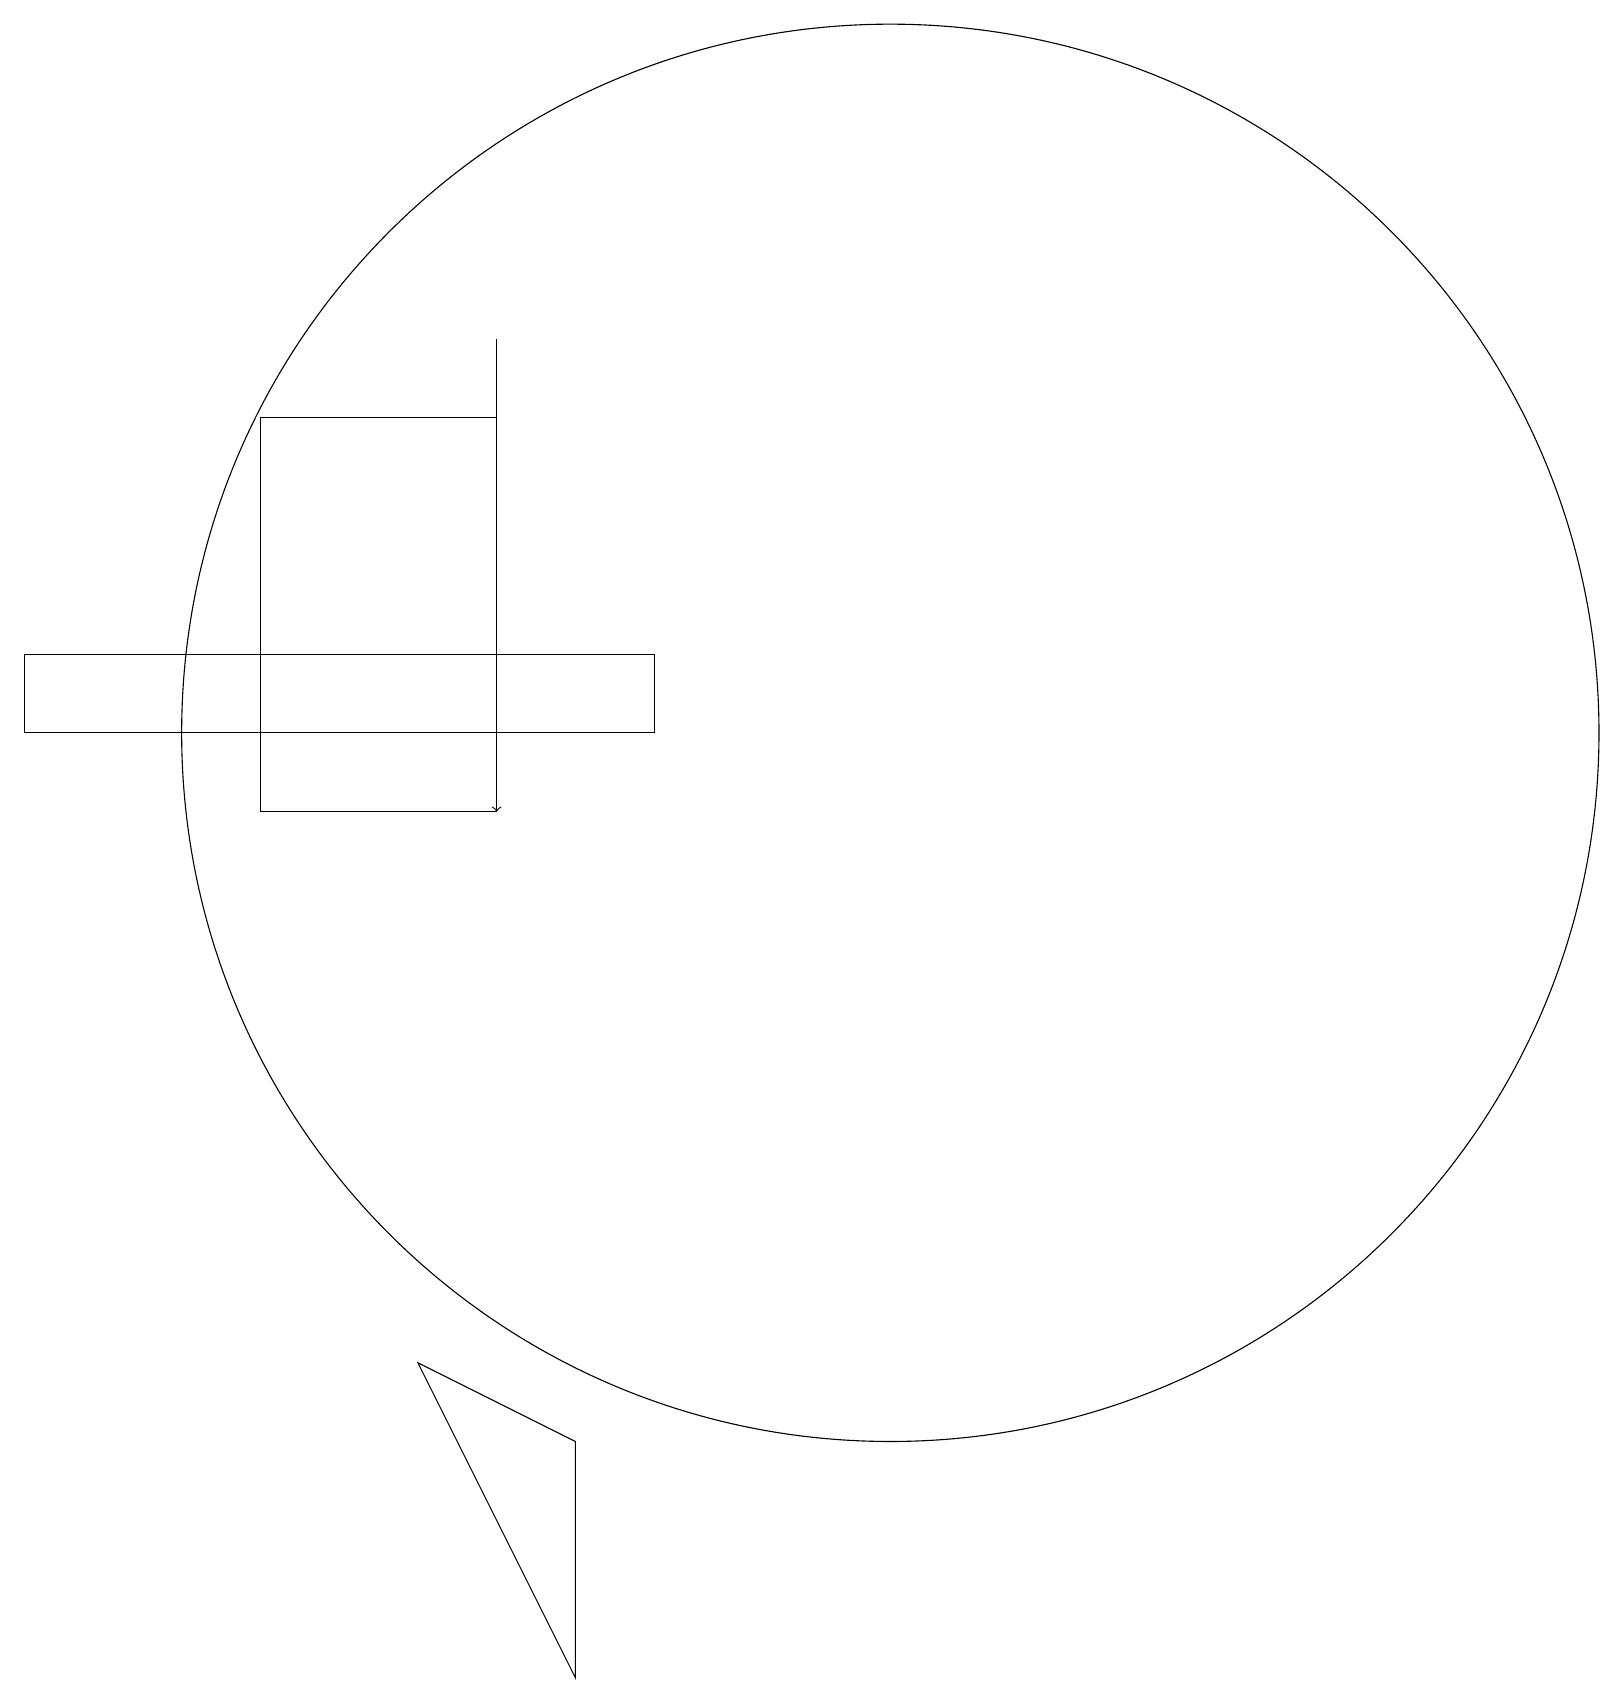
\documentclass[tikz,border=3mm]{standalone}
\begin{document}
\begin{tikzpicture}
\draw (4,16) rectangle (7,11);
\draw (1,12) rectangle (9,13);
\draw (12,12) circle (9);
\draw[->] (7,17) -- (7,11);
\draw (6,4) -- (8,0) -- (8,3) -- cycle;
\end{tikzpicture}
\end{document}